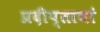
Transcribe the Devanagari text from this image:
प्रदीप्तायां